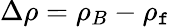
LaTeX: \Delta\rho=\rho_{B}-\rho_{\mathtt{f}}